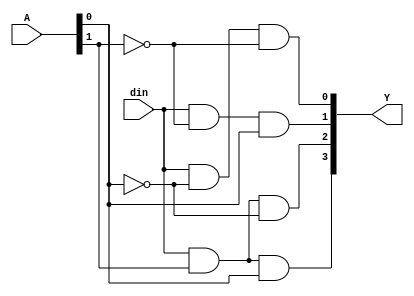
`timescale 1ns / 1ps
//////////////////////////////////////////////////////////////////////////////////
// Company: 
// Engineer: 
// 
// Design Name: 
// Module Name:    Demux14 
// Project Name: 
// Target Devices: 
// Tool versions: 
// Description: 
//
// Dependencies: 
//
// Revision: 
// Revision 0.01 - File Created
// Additional Comments: 
//
//////////////////////////////////////////////////////////////////////////////////
module Demux14(output [3:0] Y, input [1:0] A, input din);
assign Y[0] = din & (~A[0]) & (~A[1]);
assign Y[1] = din & (~A[1]) & A[0];
assign Y[2] = din & A[1] & (~A[0]);
assign Y[3] = din & A[1] & A[0];
endmodule